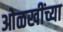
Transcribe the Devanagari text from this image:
ओळखींच्या